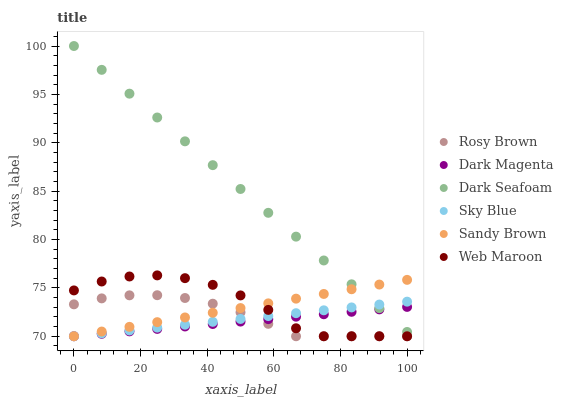
| xaxis_label | Rosy Brown | Dark Magenta | Dark Seafoam | Sky Blue | Sandy Brown | Web Maroon |
 | --- | --- | --- | --- | --- | --- | --- |
 | 0 | 73.3 | 70 | 100 | 70 | 70 | 74.7 |
 | 8.33 | 73.9 | 70.3 | 97.5 | 70.3 | 70.5 | 75.7 |
 | 16.7 | 74.2 | 70.5 | 95.1 | 70.6 | 71 | 76.2 |
 | 25 | 74.2 | 70.8 | 92.6 | 70.9 | 71.5 | 76.3 |
 | 33.3 | 74 | 71 | 90.1 | 71.2 | 71.9 | 76 |
 | 41.7 | 73.4 | 71.3 | 87.7 | 71.5 | 72.4 | 75.3 |
 | 50 | 72.5 | 71.5 | 85.2 | 71.8 | 72.9 | 74.2 |
 | 58.3 | 71.3 | 71.8 | 82.8 | 72.1 | 73.4 | 72.7 |
 | 66.7 | 70 | 72 | 80.3 | 72.4 | 73.9 | 70.8 |
 | 75 | 70 | 72.3 | 77.8 | 72.7 | 74.4 | 70 |
 | 83.3 | 70 | 72.5 | 75.4 | 73 | 74.9 | 70 |
 | 91.7 | 70 | 72.8 | 72.9 | 73.3 | 75.3 | 70 |
 | 100 | 70 | 73 | 70.4 | 73.6 | 75.8 | 70 |